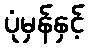
ပုံမှန်နှင့်